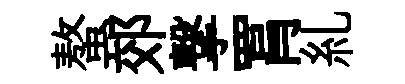
螯郊撃罥糺